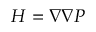
H = \nabla \nabla P